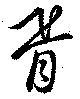
胥